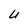
Character: U